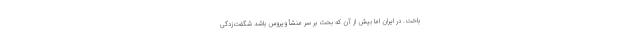
باخت. در ایران اما بیش از آن که بحث بر سر منشأ ویروس باشد شگفت‌زدگی